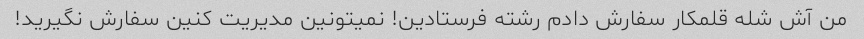
من آش شله قلمکار سفارش دادم رشته فرستادین! نمیتونین مدیریت کنین سفارش نگیرید!